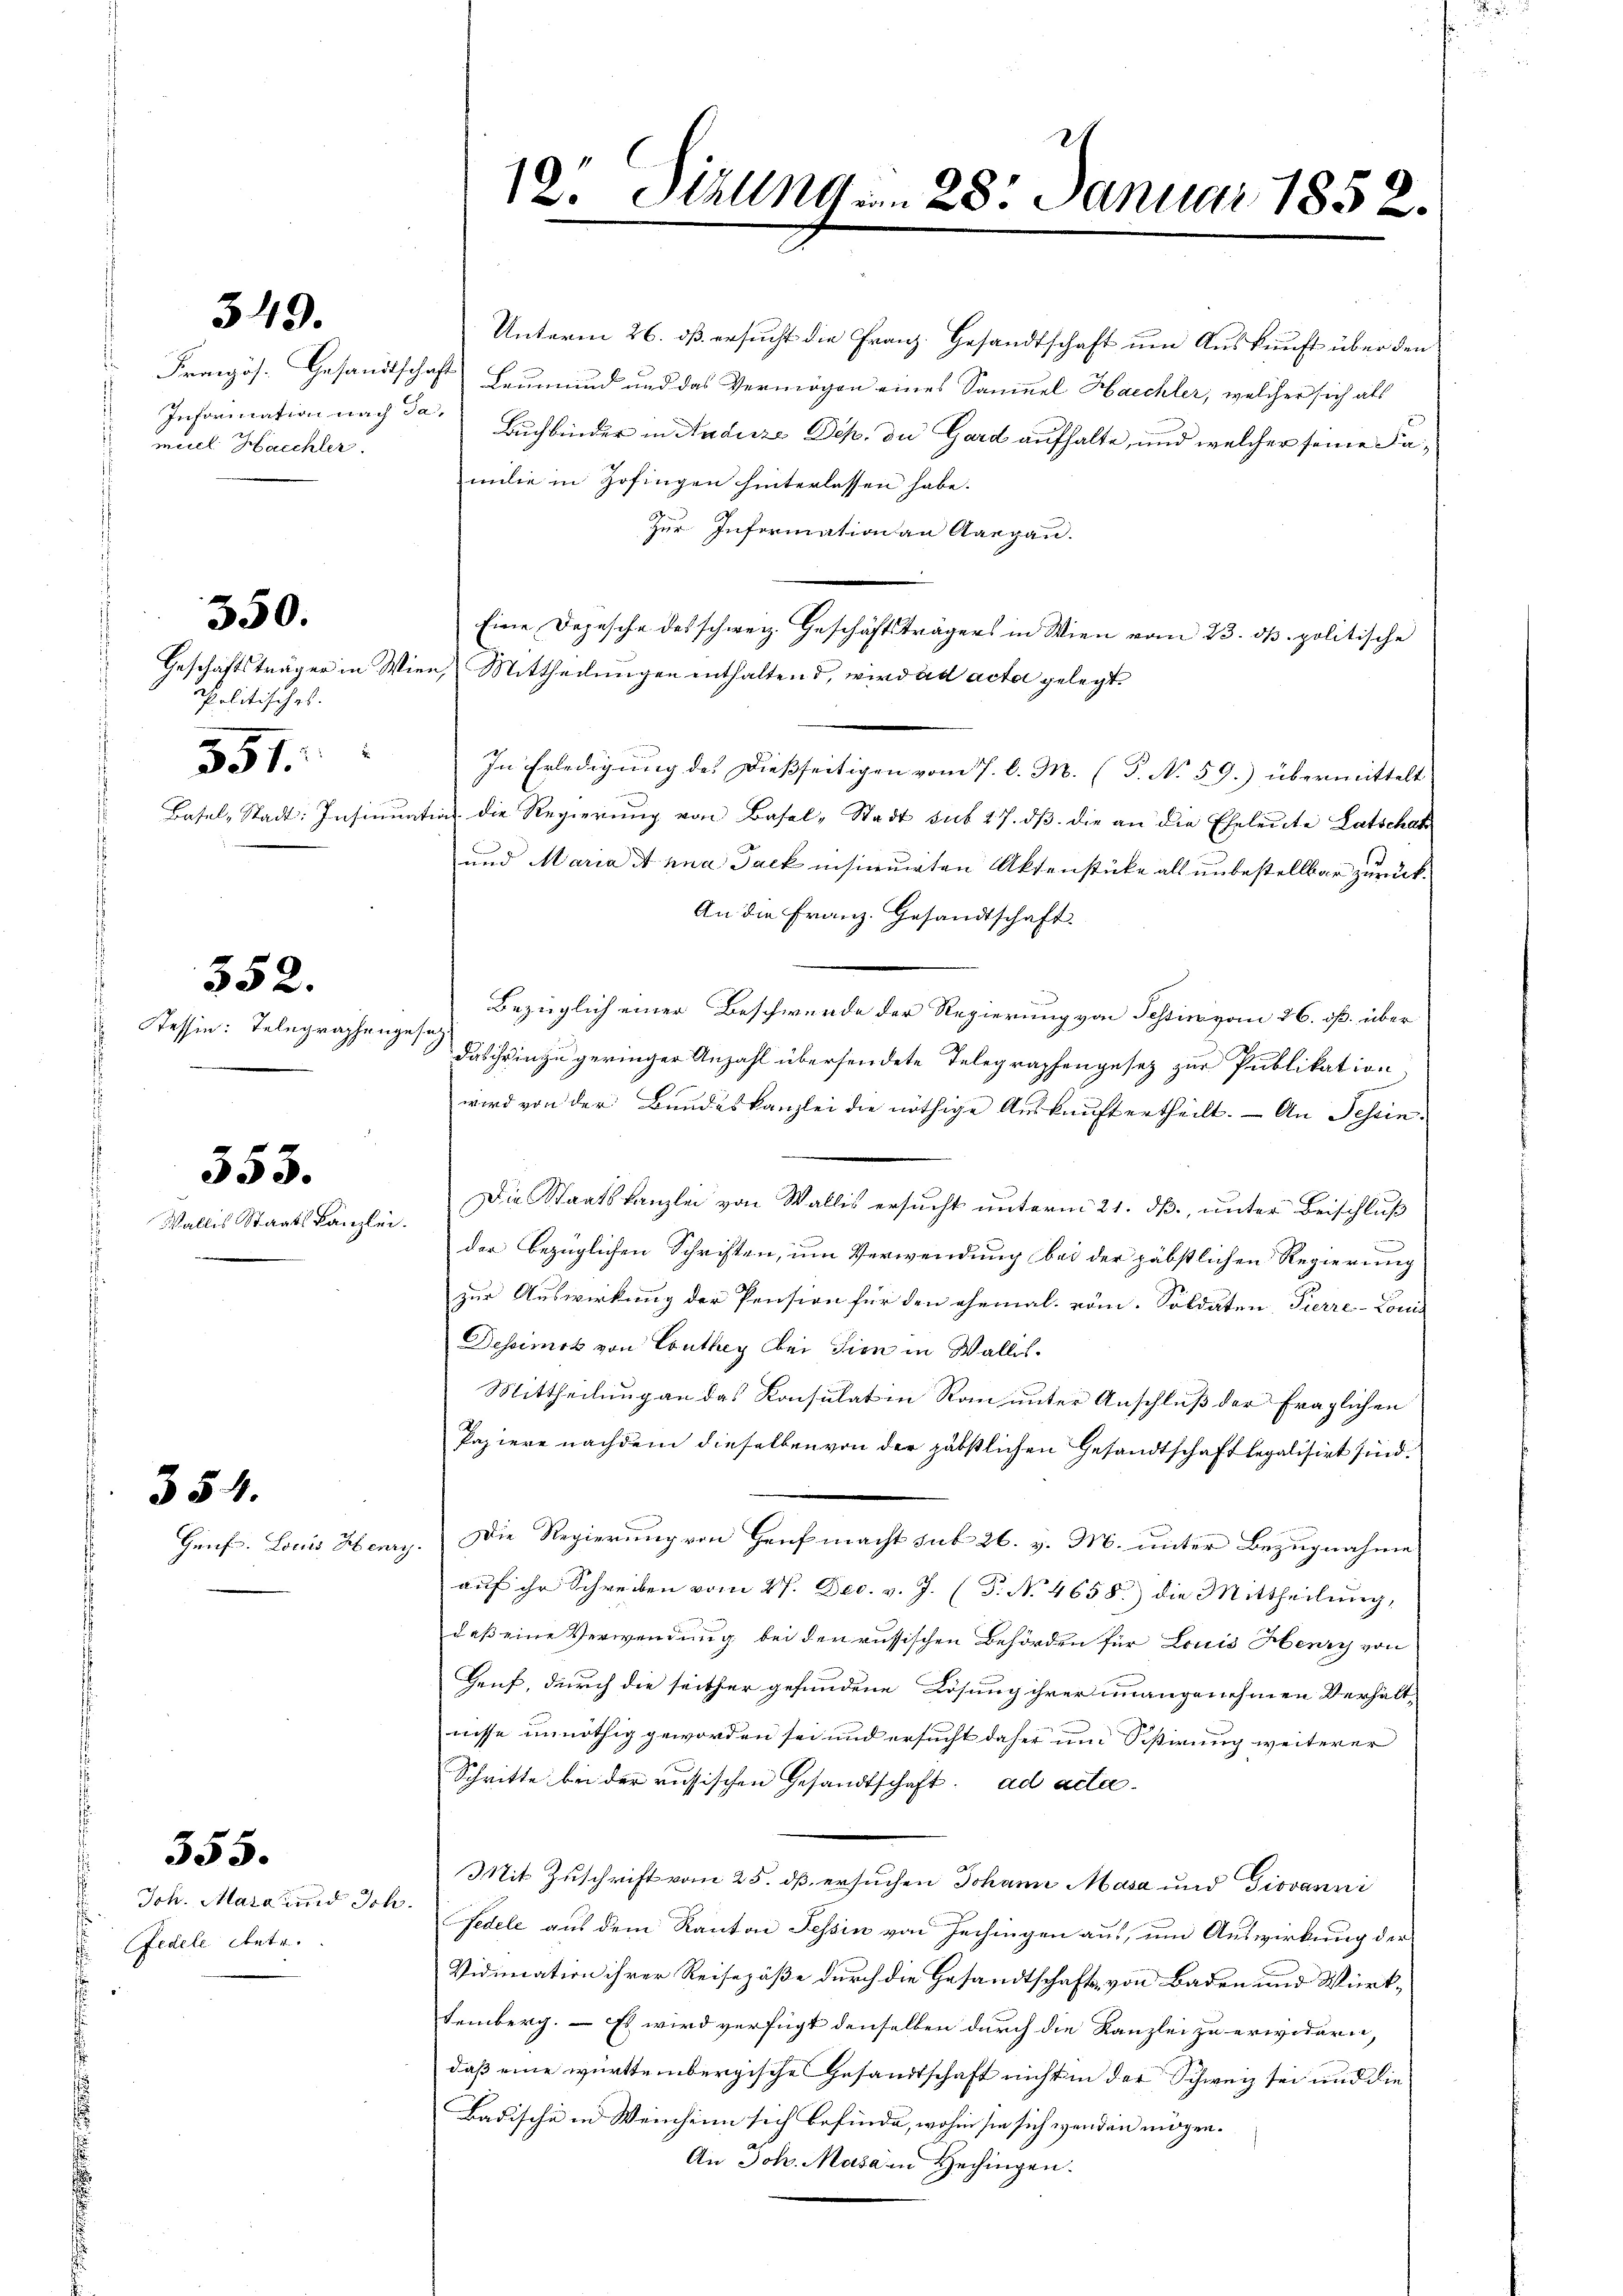
Information nach da
muel Hacchler,

550.

Politisches.
.
351

Tessin: Telegraphengesag

Wallis Staatskanzlei.

354.

549.

352.

353.

Genf s. Louis Herry.

Joh. Mara und Sch.
Ffedele Antr

355.

Unterm 26. dß ersucht die Franz. Gesandtschaft um Auskunft über den
Französ. Gesandtschaft Leumund und das Vermögen eines Samuel Haichler, welcher sich als
Buchbinder in Auduze Dek. de Gard aufhalte, und welcher seine Familie in Zofingen hinterlassen habe.
Zur Information an Aargau.
Eine Depesche des schweiz. Geschäftsträgers in Wien vom 23. dß politische
Geschäftsträger in Wien Mittheilungen enthaltend, wird ad acta gelegt
In Erledigung des dießseitigen vom 7. d. M. (T. No 59.) übermittelt
Basel-Stadt: Insinuation die Regierung von Basel-Stadt sub 27. dβ die an die Eheleute Latschaf
und Maria Anna Gack insinuirten Aktenstücke als unbestellbar zurück¬
An die Franz. Gesandtschaft.
Bezüglich einer Beschwerde der Regierung von Tessin vom 26. dß. über
das ihr in zu geringer Anzahl übersendete Telegraphengesez zur Publikation
wird von der Bundeskanzlei die nöthige Aŭskŭnft ertheilt. - An Schein¬
Die Staatskanzlei von Wallis ersucht unterm 21. ds., unter Beischluß
der bezüglichen Schriften, um Verwendung bei der päbstlichen Regierung
zur Auswirkung der Pension für den ehemal. vom Soldaten Pierre-Louis
Descimok von Conthey bei dien in Wallis¬
Mittheilung an das Konsulat in Rau unter Anschluß der fraglichen
Papiere nachdem dieselben von der päbstlichen Gesandtschaft legalisirt sind.
Die Regierung von Hruf macht sub 26. v. M. unter Bezugnahme
auf ihr Schreiben vom 27. Dec. v. J. (T. No 4658) die Mittheilung,
daß eine Verwendung bei den russischen Behörden für Louis Henry von
Heuf, durch die seither gefundene Lösung ihrer unangenehmen Verhältnisse unnöthig geworden sei und ersucht daher und Sißirung weiterer
Schritte bei der russischen Gesandtschaft. ad acta
Mit Zuschrift vom 25. dß ersuchen Johann Masa und Giovanni
fedele aus dem Kanton Tessin von Zechingen aus, um Auswirkung der
Vidimation ihrer Reisepäße durch die Gesandtschafts von Baden und Wirktemberg. — Es wird verfügt denselben durch die Kanzlei zu erwidern,
daß eine württembergische Gesandtschaft nicht in der Schweiz sei und die
Badische in Weinheim sich befinde, wohin sie sich wenden mögen.
An Joh. Masa in Hechingen.

12. Sizung . . 28. Januar 1858